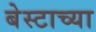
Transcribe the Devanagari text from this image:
बेस्टाच्या